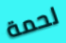
لحمة